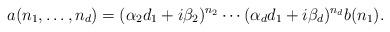
LaTeX: \begin{align*} a(n_1,\ldots,n_d) = (\alpha_2 d_1 + i \beta_2)^{n_2} \cdots (\alpha_d d_1 + i \beta_d)^{n_d} b(n_1).\end{align*}